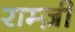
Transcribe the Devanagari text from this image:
राम्ज़ी